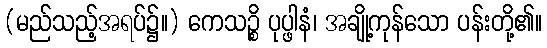
(မည်သည့်အရပ်၌။) ကေသဉ္စိ ပုပ္ဖါနံ၊ အချို့ကုန်သော ပန်းတို့၏။